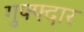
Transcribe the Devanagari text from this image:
गुफ्फ्दार